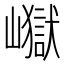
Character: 𭗢